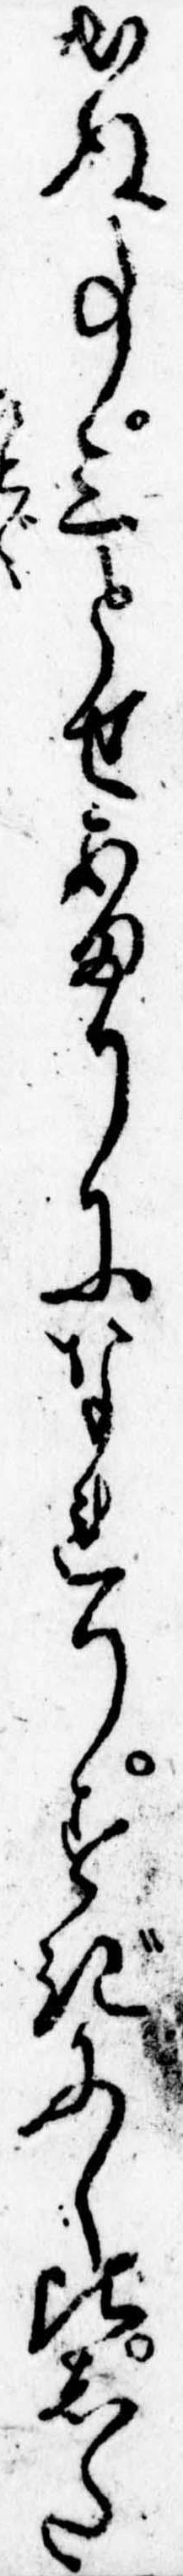
出ぬ事三とせあまりになれりすぎにし比した